Report of the Indian Hemp Drugs Commission, 1894-1895 - Volume VI
Year: 1894
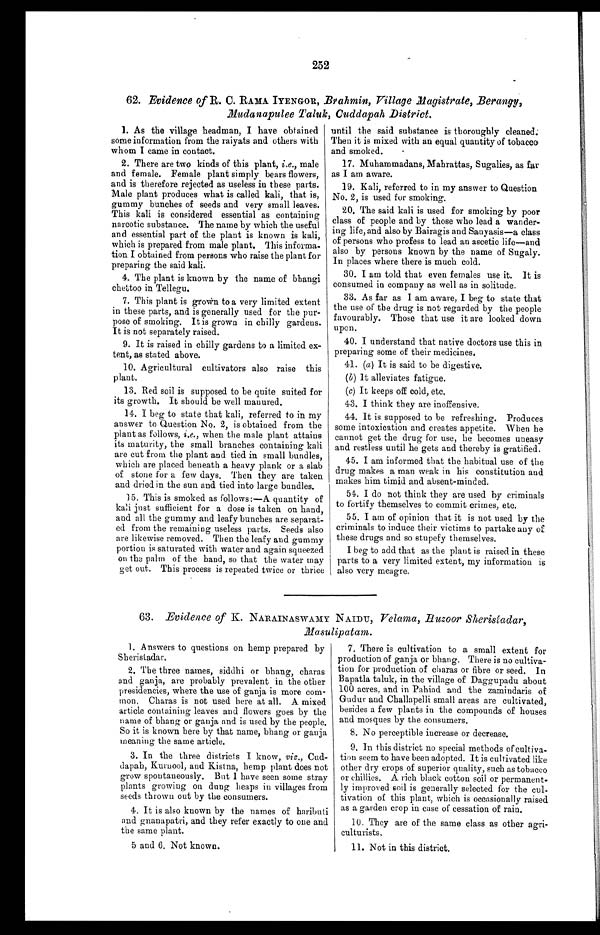
252
62. Evidence of R. C. RAMA IYENGOR, Brahmin, Village Magistrate, Berangy,
Mudanapulee Taluk, Cuddapah District.
1. As the village headman, I have obtained
some information from the raiyats and others with
whom I came in contact.
2. There are two kinds of this plant, i.e., male
and female. Female plant simply bears flowers,
and is therefore rejected as useless in these parts.
Male plant produces what is called kali, that is,
gummy bunches of seeds and very small leaves.
This kali is considered essential as containing
narcotic substance. The name by which the useful
and essential part of the plant is known is kali,
which is prepared from male plant. This informa--
tion I obtained from persons who raise the plant for
preparing the said kali.
4. The plant is known by the name of bhangi
chettoo in Tellegu.
7. This plant is grown to a very limited extent
in these parts, and is generally used for the pur-
pose of smoking. It is grown in chilly gardens.
It is not separately raised.
9. It is raised in chilly gardens to a limited ex-
tent, as stated above.
10. Agricultural cultivators also raise this
plant.
13. Red soil is supposed to be quite suited for
its growth. It should be well manured.
14. I beg state that kali, referred to in my
answer to Question No. 2, is obtained from the
plant as follows, i.e., when the male plant attains
its maturity, the small branches containing kali
are cut from the plant and tied in small bundles,
which are placed beneath a heavy plank or a slab
of stone for a few days. Then they are taken
and dried in the sun and tied into large bundles.
15. This is smoked as follows:—A quantity of
kali just sufficient for a dose is taken on hand,
and all the gummy and leafy bunches are separat-
ed from the remaining useless parts. Seeds also
are likewise removed. Then the leafy and gummy
portion is saturated with water and again squeezed
on the palm of the hand, so that the water may
get out.. This process is repeated twice or thrice
until the said substance is thoroughly cleaned.
Then it is mixed with an equal quantity of tobacco
and smoked.
17. Muhammadans, Mahrattas, Sugalies, as far
as I am aware.
19. Kali, referred to in my answer to Question
No. 2, is used for smoking.
20. The said kali is used for smoking by poor
class of people and by those who lead a wander-
ing life, and also by Bairagis and Sanyasis—a class
of persons who profess to lead an ascetic life—and
also by persons known by the name of Sugaly.
In places where there is much cold.
30. I am told that even females use it. It is
consumed in company as well as in solitude.
33. As far as I am aware, I beg to state that
the use of the drug is not regarded by the people
favourably. Those that use it are looked down
upon.
40. I understand that native doctors use this in
preparing some of their medicines.
41. (a) It is said to be digestive.
(b) It alleviates fatigue.
(c) It keeps off cold, etc.
4 3 . I t h i n k t h e y a r e i n o f f e n s i v e .
44. It is supposed to be refreshing. Produces
some intoxication and creates appetite. When he
cannot get the drug for use, he becomes uneasy
and restless until he gets and thereby is gratified.
45. I am informed that the habitual use of the
drug makes a man weak in his constitution and
makes him timid and absent-minded.
54. I do not think they are used by criminals
to fortify themselves to commit crimes, etc.
55. I am of opinion that it is not used by the
criminals to induce their victims to partake any of
these drugs and so stupefy themselves.
I beg to add that as the plant is raised in these
parts to a very limited extent, my information is
also very meagre.
63. Evidence of K. NARAINASWAMY NAIDU, Velama, Huzoor Sheristadar,
Masulipatam.
1. Answers to questions on hemp prepared by
Sheristadar.
2. The three names, siddhi or bhang, charas
and ganja, are probably prevalent in the other
presidencies, where the use of ganja is more com-
mon. Charas is not used here at all. A mixed
article containing leaves and flowers goes by the
name of bhang or ganja and is used by the people.
So it is known here by that name, bhang or ganja
meaning the same article.
3. In the three districts I know, viz., Cud-
dapah, Kurnool, and Kistna, hemp plant does not
grow spontaneously. But I have seen some stray
plants growing on dung heaps in villages from
seeds thrown out by the consumers.
4. It is also known by the names of haributi
and gnanapatri, and they refer exactly to one and
the same plant.
5 and 6. Not known.
7. There is cultivation to a small extent for
production of ganja or bhang. There is no cultiva-
tion for production of charas or fibre or seed. In
Bapatla taluk, in the village of Daggupadu about
100 acres, and in Pahiad and the zamindaris of
Gudur and Challapelli small areas are cultivated,
besides a few plants in the compounds of houses
and mosques by the consumers.
8 . N o p e r c e p t i b l e i n c r e a s e o r d e c r e a s e .
9. In this district no special methods of cultiva--
tion seem to have been adopted. It is cultivated like
other dry crops of superior quality, such as tobacco
or chillies. A rich black cotton soil or permanent--
ly improved soil is generally selected for the cul
- t i v a t i o n o f t h i s p l a n t , w h i c h i s o c c a s i o n a l l y r a i s e d
as a garden crop in case of cessation of rain.
10. They are of the same class as other agri-
culturists.
11. Not in this district.